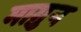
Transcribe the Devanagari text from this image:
माग़ुन